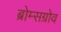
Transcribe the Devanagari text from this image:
ब्रोम्सग्रोव